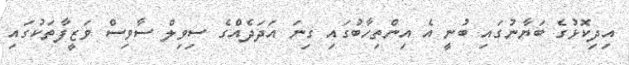
އިދިކޮޅުގެ ބަޔާނުގައި ބުނީ އެ އިންތިހާބުގައި ގިނަ އަދަދެއްގެ ސިވިލް ސާވިސް ވަޒީފާތަކުގައި